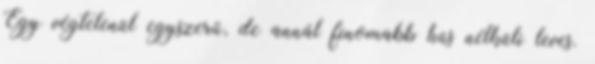
Egy végtelenül egyszerű, de annál finomabb hús nélküli leves.